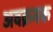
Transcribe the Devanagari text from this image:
अवक्रमक